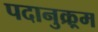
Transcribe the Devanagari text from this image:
पदानुक्र्रम